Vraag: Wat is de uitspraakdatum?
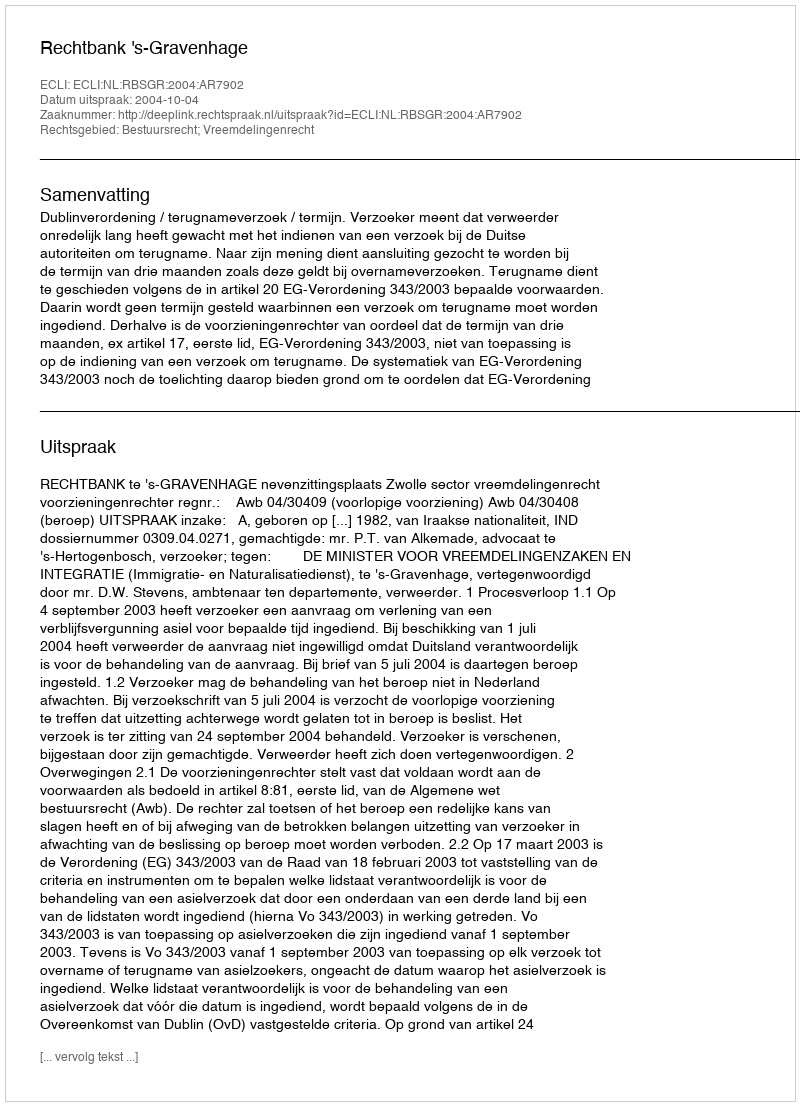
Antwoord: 2004-10-04